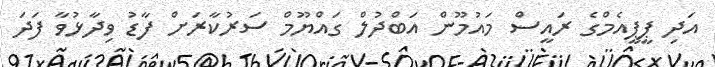
އަދި ޕީޕީއެމްގެ ރައީސް މައުމޫން އަބްދުލް ގައްޔޫމް ސަރުކާރަށް ފާޑު ވިދާޅުވާ ފަދަ